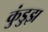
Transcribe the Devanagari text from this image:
कुंडुझ